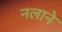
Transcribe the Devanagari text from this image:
नलाने